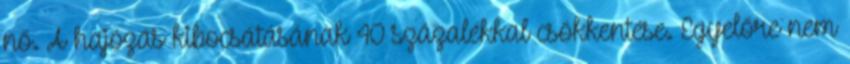
nő. A hajózás kibocsátásának 40 százalékkal csökkentése. Egyelőre nem